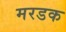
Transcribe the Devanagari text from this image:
मरडक